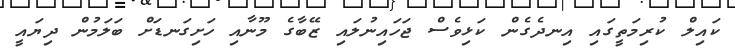
ކައިލް ކުރިމަތީގައި އިނދެގެން ކަޅިވެސް ޖަހައިނުލައި ޒޭބާގެ މޫނާއި ހަށިގަނޑަށް ބަލަމުން ދިޔައީ